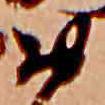
お